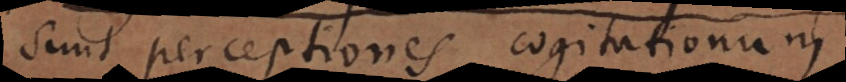
sunt perceptiones cogitationum,